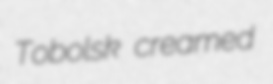
Tobolsk creamed